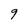
Character: 9